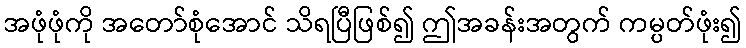
အဖုံဖုံကို အတော်စုံအောင် သိရပြီဖြစ်၍ ဤအခန်းအတွက် ကမ္ပတ်ဖုံး၍